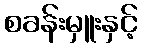
စခန်းမှူးနှင့်